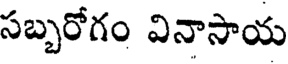
సబ్బరోగం వినాసాయ